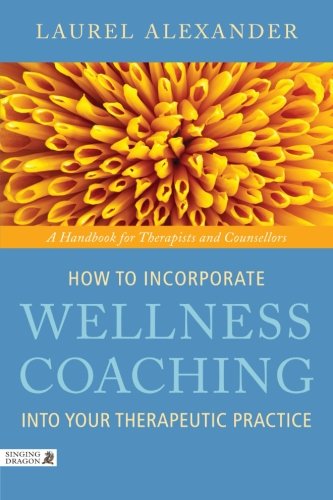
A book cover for How to Incorporate Wellness Coaching Into Your Therapeutic Practice: A Handbook for Therapists and Counsellors; Laurel Alexander; Medical Books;